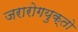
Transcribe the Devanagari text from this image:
जरारोगयुक्तो